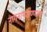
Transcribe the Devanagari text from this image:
नागनाथअण्णांचा